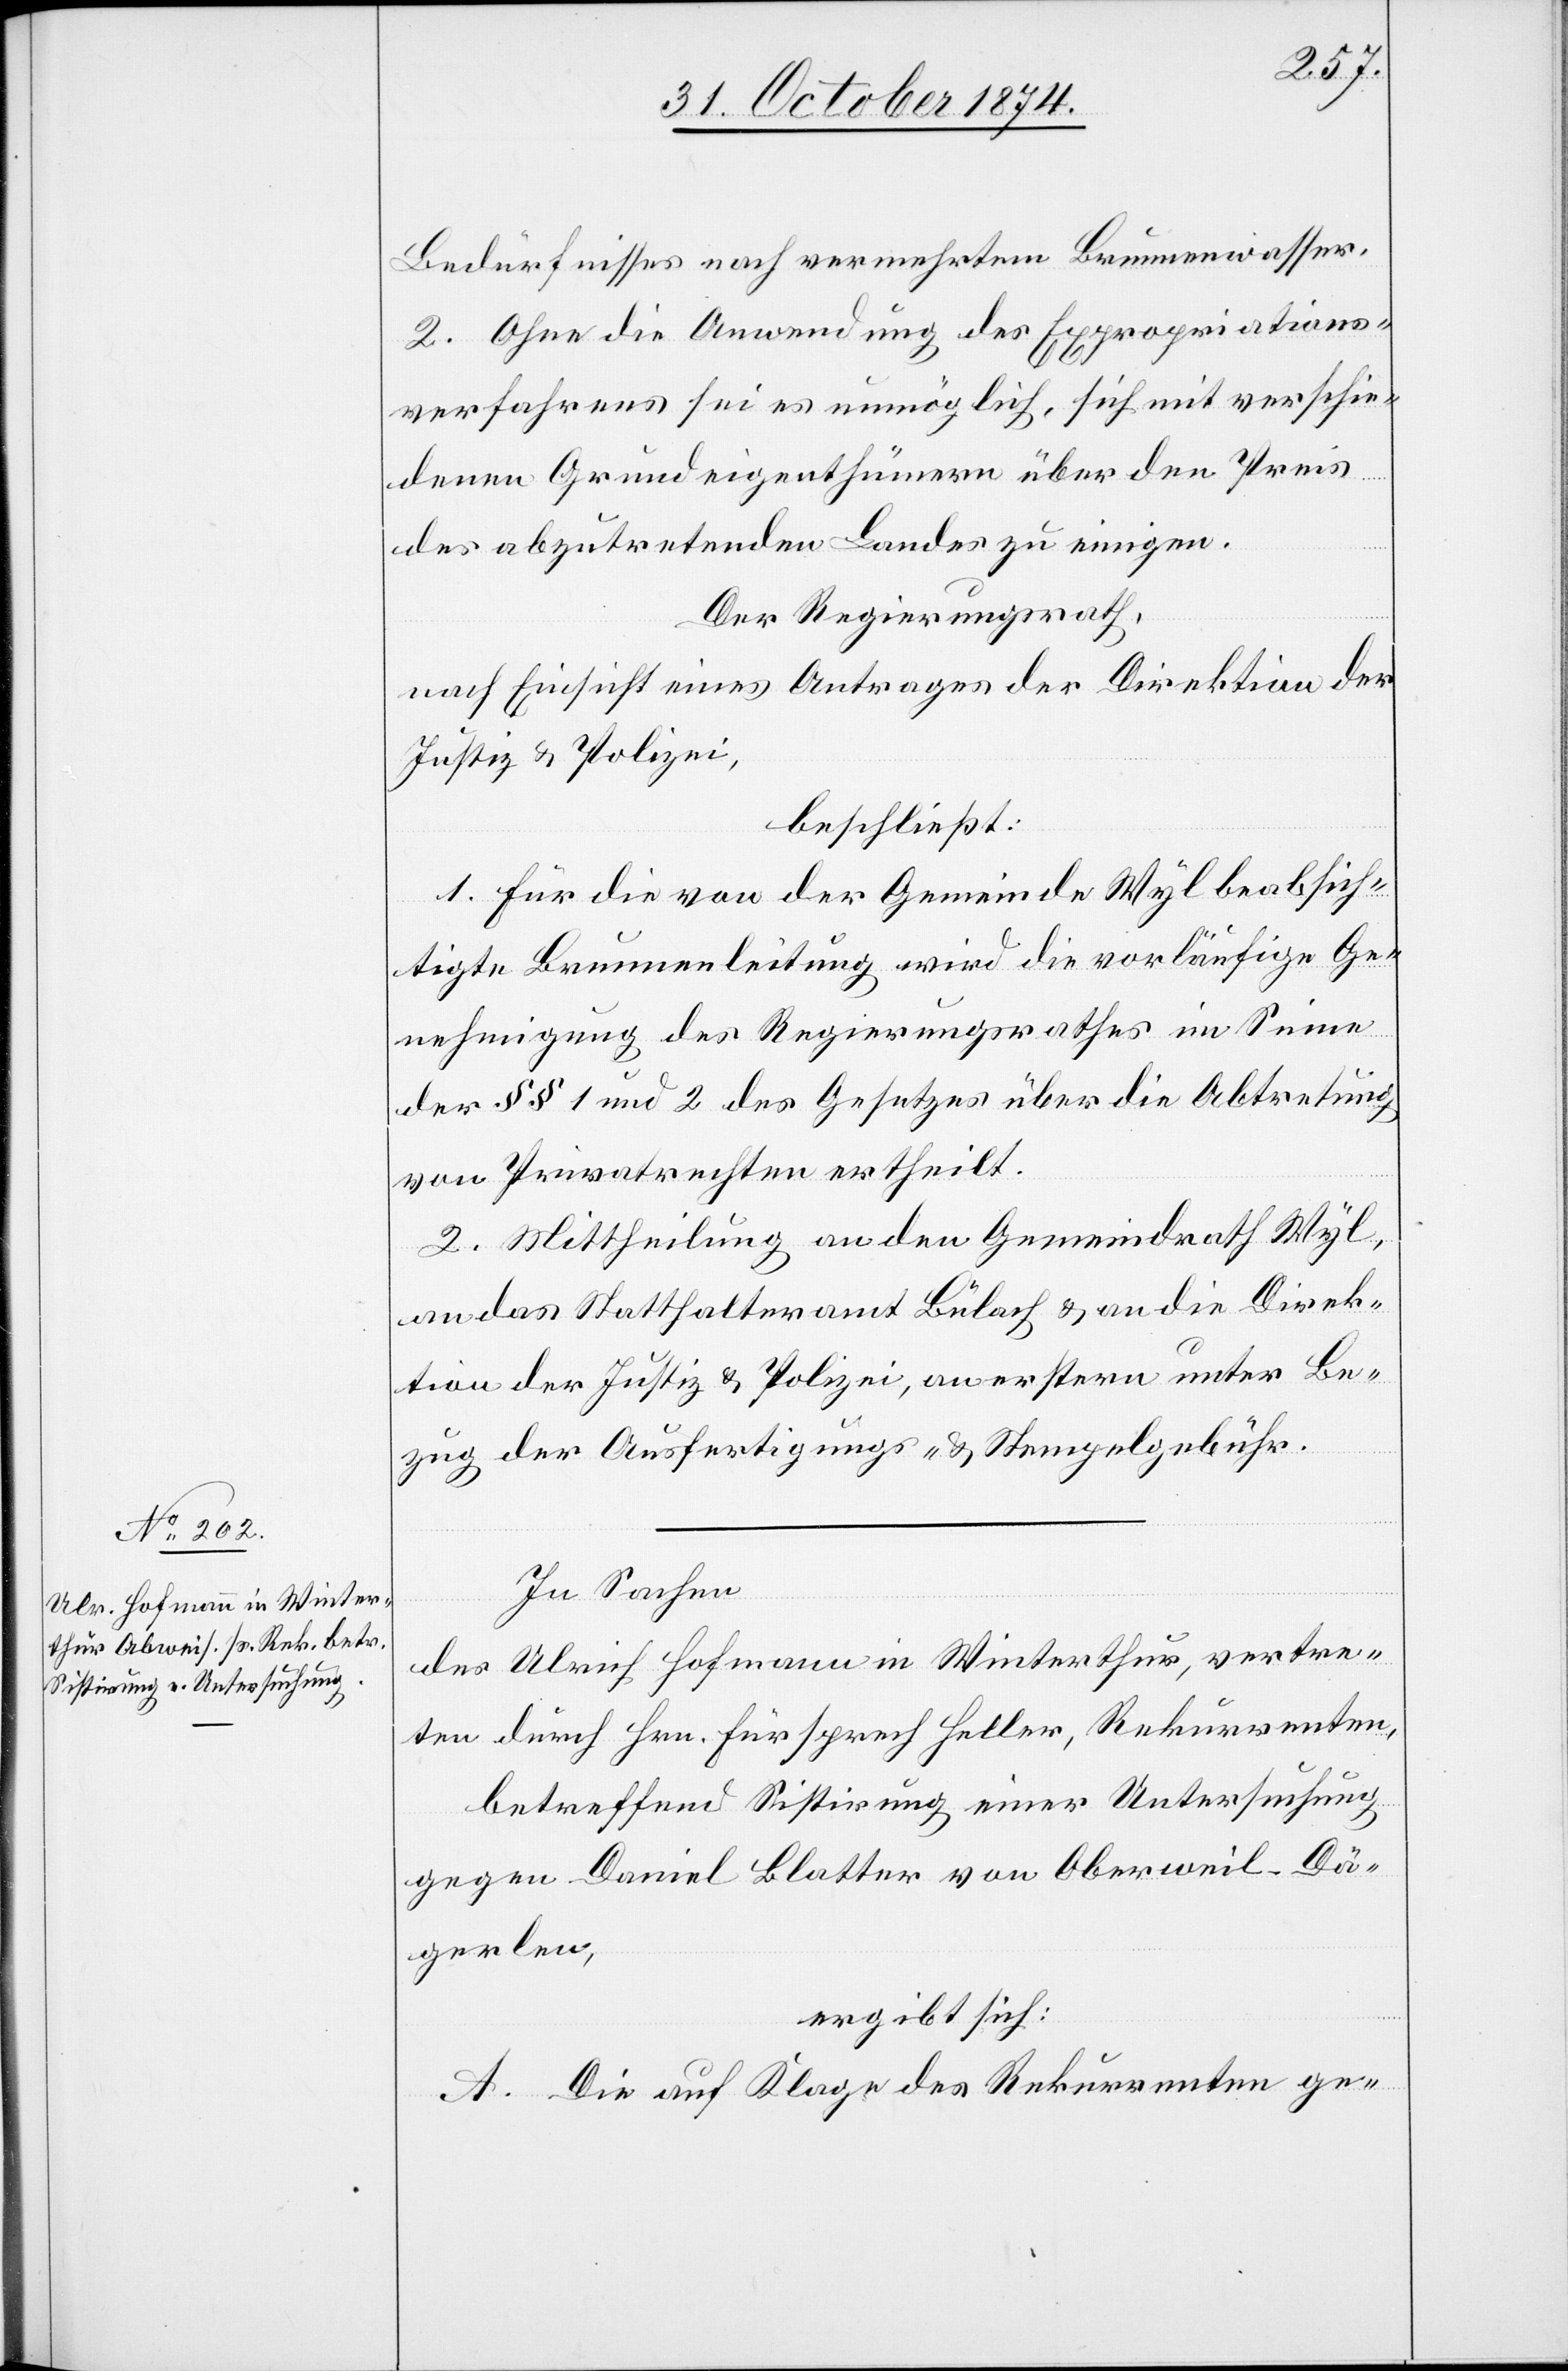
Bedürfnisses nach vermehrtem Brunnenwasser.
2. Ohne die Anwendung des Expropriations¬
verfahrens sei es unmöglich, sich mit verschie¬
denen Grundeigenthümern über den Preis
des abzutretenden Landes zu einigen.
Der Regierungsrath,
nach Einsicht eines Antrages der Direktion der
Justiz & Polizei,
beschließt:
1. Für die von der Gemeinde Wyl beabsich¬
tigte Brunnenleitung wird die vorläufige Ge¬
nehmigung des Regierungsrathes im Sinne
der §§ 1 und 2 des Gesetzes über die Abtretung
von Privatrechten ertheilt.
2. Mittheilung an den Gemeindrath Wyl,
an das Statthalteramt Bülach & an die Direk¬
tion der Justiz & Polizei, an erstere unter Be¬
zug der Ausfertigungs- & Stempelgebühr.
In Sachen
des Ulrich Hofmann in Winterthur, vertre¬
ten durch Hrn. Fürsprech Heller, Rekurrenten,
betreffend Sistirung einer Untersuchung
gegen Daniel Blatter von Oberweil-Dä¬
gerlen,
ergibt sich:
A. Die auf Klage des Rekurrenten ge-